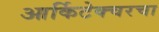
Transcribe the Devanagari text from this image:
आर्किटेक्चरचा